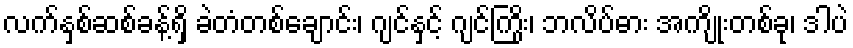
လက်နှစ်ဆစ်ခန့်ရှိ ခဲတံတစ်ချောင်း၊ ဂျင်နှင့် ဂျင်ကြိုး၊ ဘလိပ်ဓား အကျိုးတစ်ခု၊ ဒါပဲ